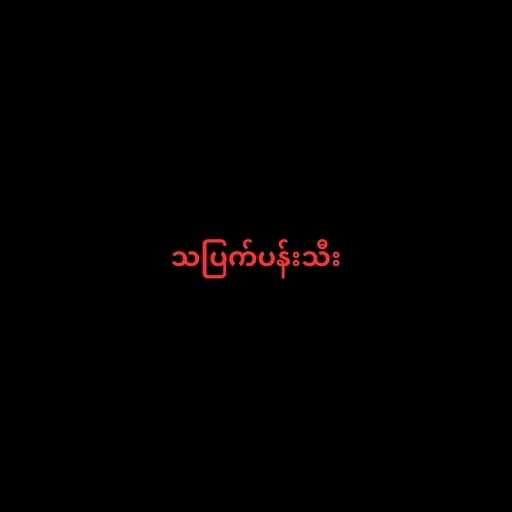
သပြက်ပန်းသီး